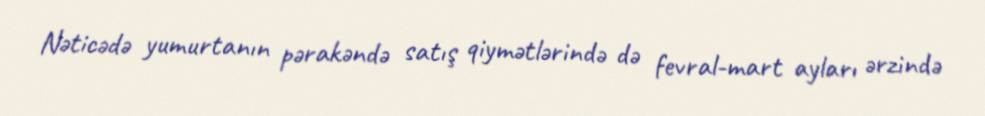
Nəticədə yumurtanın pərakəndə satış qiymətlərində də fevral-mart ayları ərzində